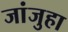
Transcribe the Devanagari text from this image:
जांजुहा